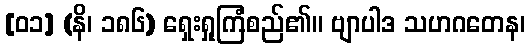
[၀၁] (နိ၊ ၁၈၆) ရှေးရှုကြံစည်၏။ ဗျာပါဒ သဟဂတေန၊